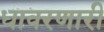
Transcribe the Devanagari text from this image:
धावरणारी